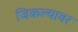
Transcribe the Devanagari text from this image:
जिकल्यावर